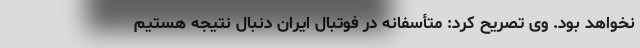
نخواهد بود. وی تصریح کرد: متأسفانه در فوتبال ایران دنبال نتیجه هستیم